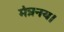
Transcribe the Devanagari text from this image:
मंत्रनय।